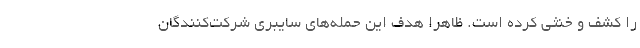
را کشف و خنثی کرده است. ظاهرا هدف این حمله‌های سایبری شرکت‌کنندگان